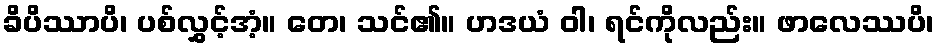
ခိပိဿာပိ၊ ပစ်လွှင့်အံ့။ တေ၊ သင်၏။ ဟဒယံ ဝါ၊ ရင်ကိုလည်း။ ဖာလေဿပိ၊